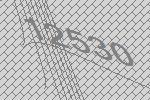
12530